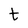
Character: t